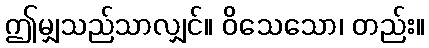
ဤမျှသည်သာလျှင်။ ဝိသေသော၊ တည်း။